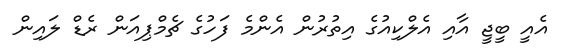
އެއީ ބީޖީ އާއި އެލްކިއުގެ އިތުރުން އެންމެ ފަހުގެ ޗެމްޕިއަން ރެޑް ލައިން